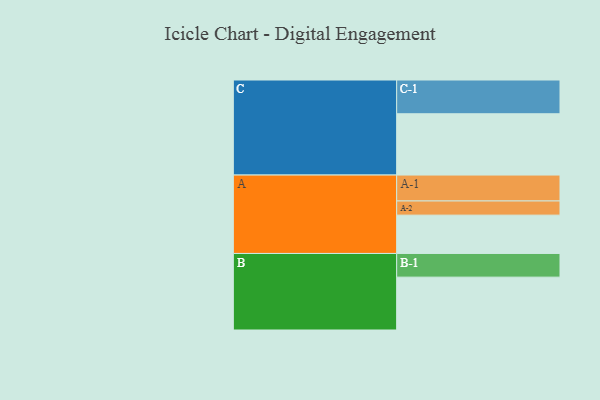
{"axis": {"x": "Segment", "y": "Value"}, "legend": ["", "A", "B", "C"], "data": [{"x": "A", "y": 327, "type": ""}, {"x": "B", "y": 451, "type": ""}, {"x": "C", "y": 523, "type": ""}, {"x": "A-1", "y": 221, "type": "A"}, {"x": "A-2", "y": 121, "type": "A"}, {"x": "B-1", "y": 202, "type": "B"}, {"x": "C-1", "y": 288, "type": "C"}]}